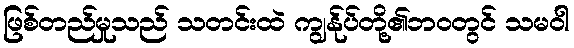
ဖြစ်တည်မှုသည် သတင်းထဲ ကျွန်ုပ်တို့၏ဘဝတွင် သမဝါ